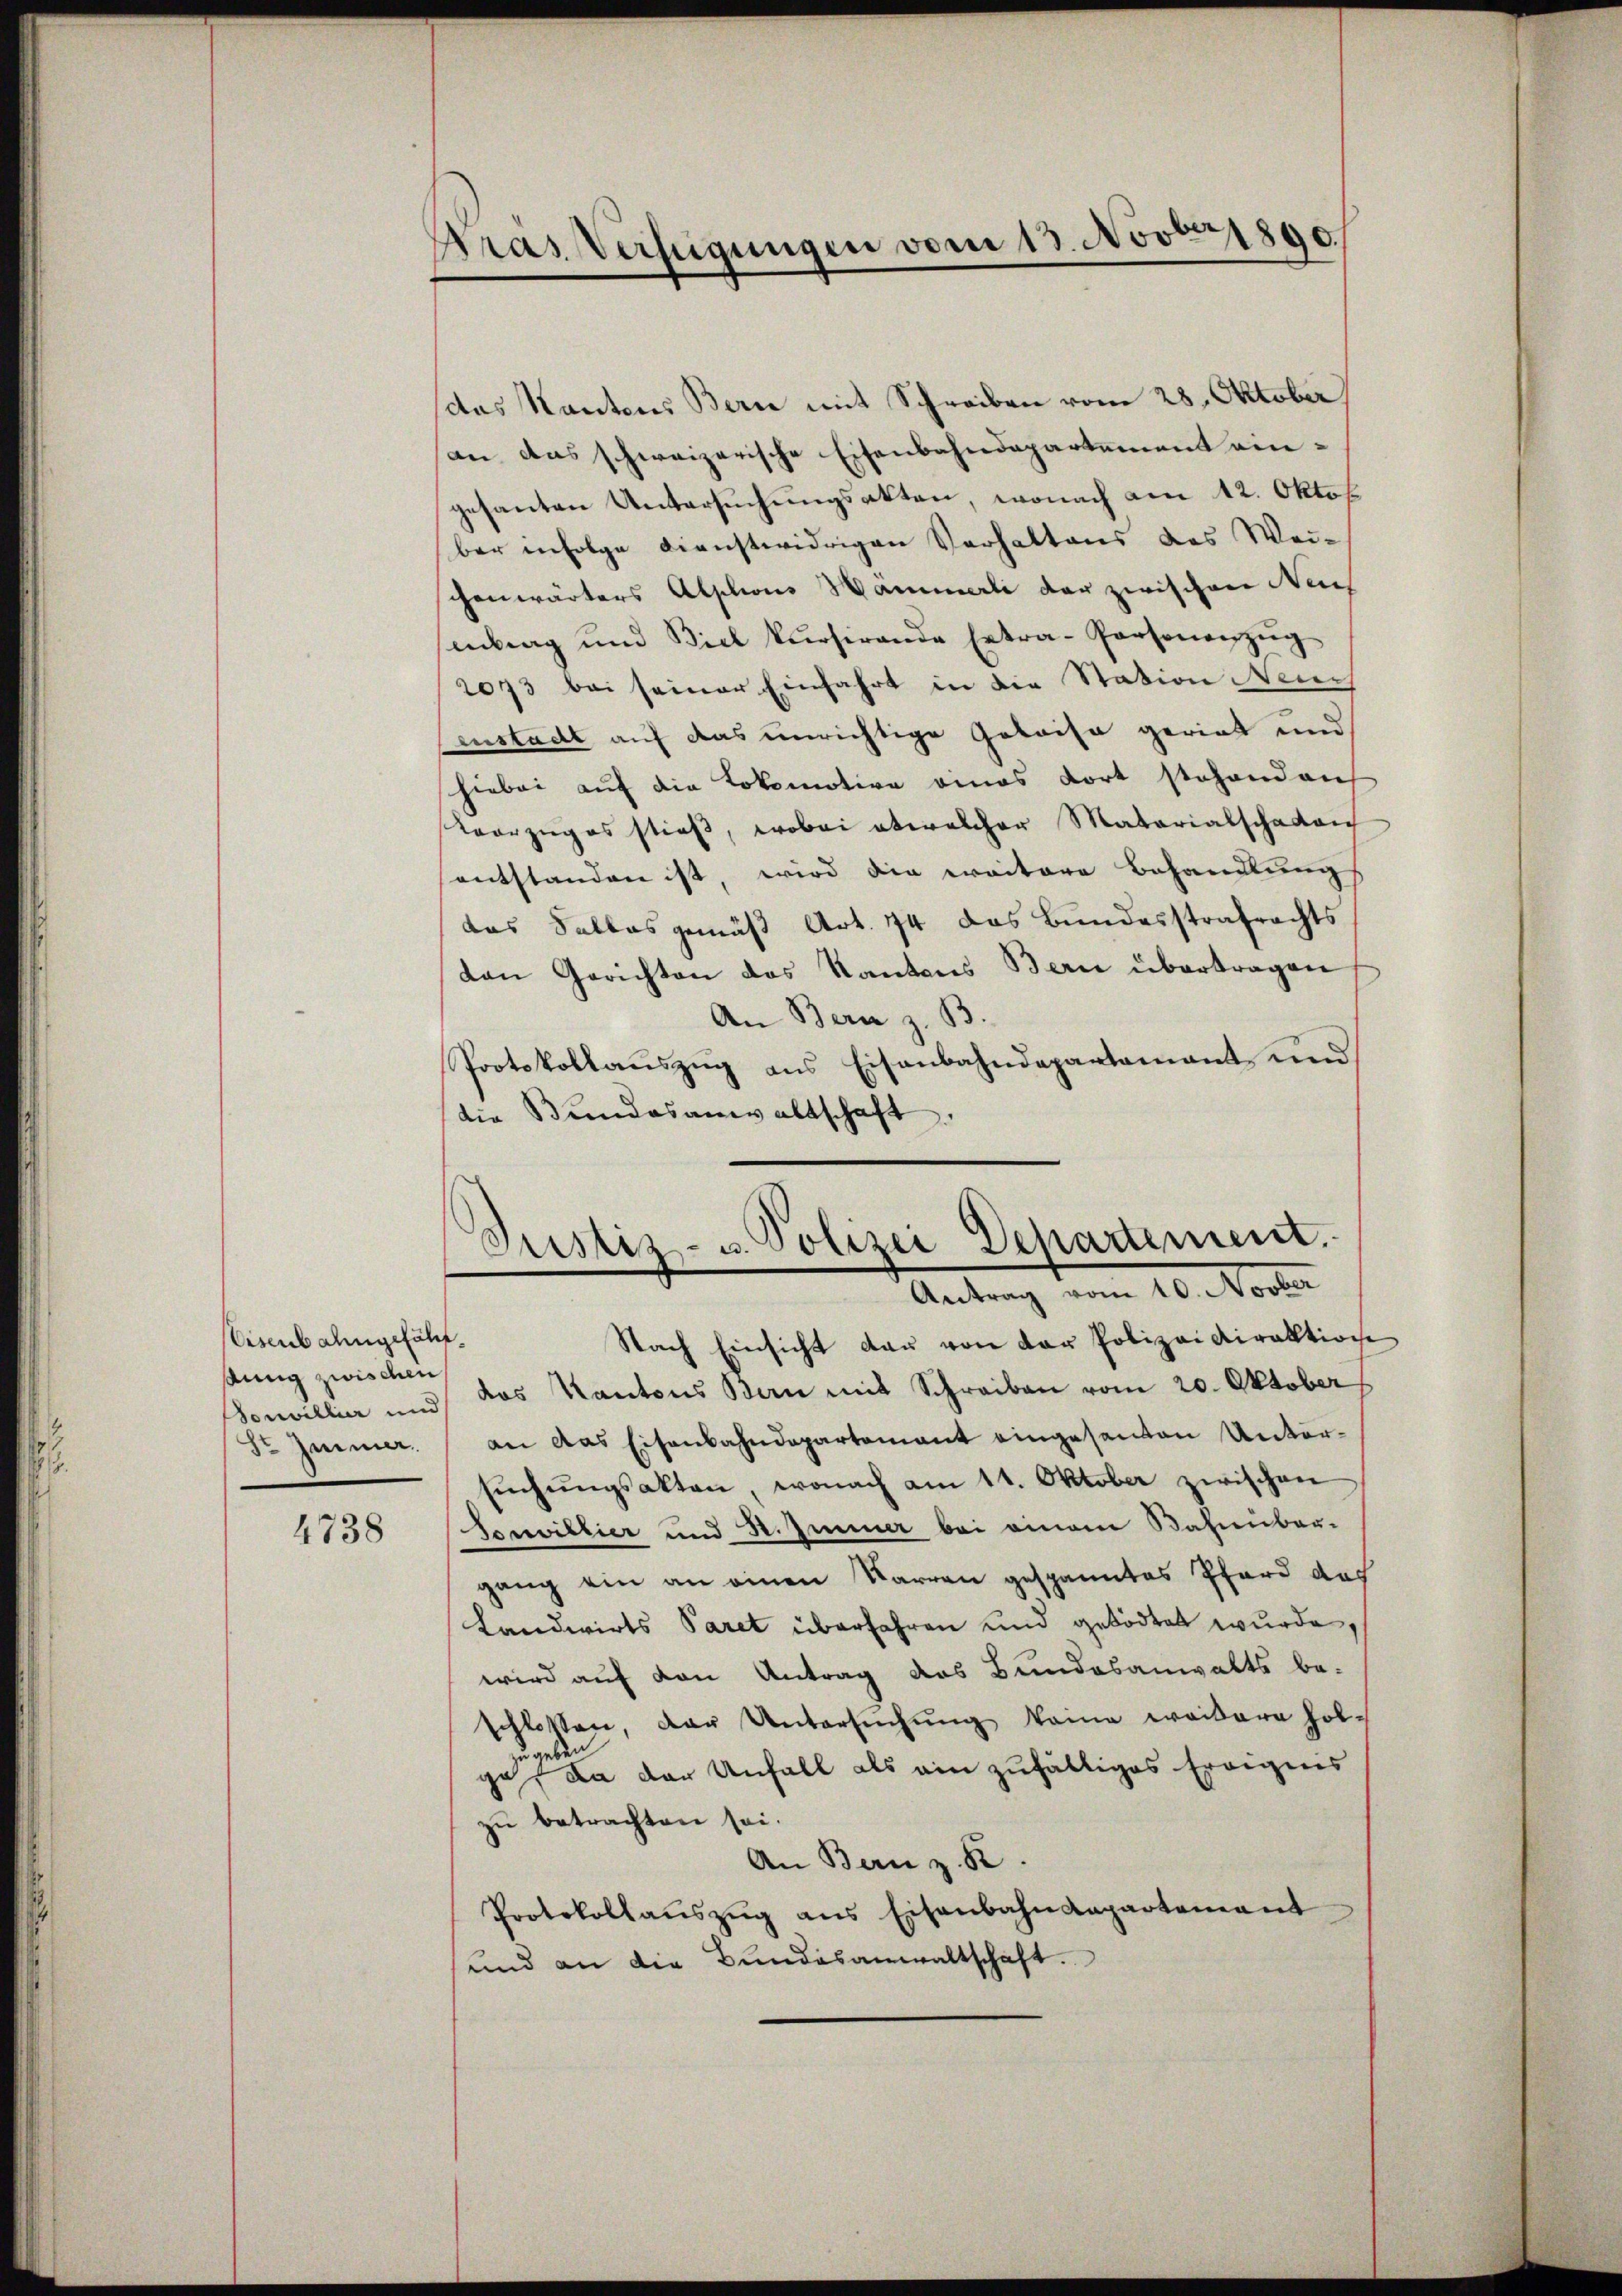
iscus almgehälteung zwischen
Sr Immer.

4738

Gras Verfügungen vom 13. Novbr 1800

das Kantons Bern mit Schreiben vom 28. Oktober)
an das schweizerische Eisenbahndepartement ein-
gesanten Untersuchungsakten, wonach am 12. Oktob
ber infolge dienstwidrigen Verhaltens des Weichenwärters Alphons Wärmerli der zwischen Neuch
etrag und Biel kŭrsirende Extra-Personenzŭg
2073 bei seiner Einfahrt in die Station Neuch
Einstadt auf das unrichtige Geleise gerint und
hiebei auf die Lokomotive eines dort stehenden
Vorzuges stieß, wobei etwelcher Materialschaden
entstanden ist, wird die weitere Behandlung
das Falles gemäß Art. 74 das Bundesstrafrechts
den Gerichten das Kantons Bern übertragen
An Bern z. B.
Protokollaŭszŭg ans Eisenbahndepartamant und
die Bŭndesanwaltschaft.

d
Justiz- u. Polizei Departement.
Antrag vom 10. Novber

Nach Einsicht dar von der Polizeidirektion
Sonvillia und das Kantons Ban mit Schreiben vom 20. Oktober
an das Eisenbahndepartement eingesanten Untersŭchŭngsakten, wonach am 11. Oktober zwischen
Sonvillier und St. Immer bei einem Bahnüber-
gang ein an einen Karren gespanntes Pferd das
Landwirts Paret überfahren und getödtet wurde,
wird auf von Antrag das Bundesanwalts be-
schlossen, der Untersuchung keine weitere Holzu geben
ge, da der Unfall als ein zufälliges Ereignis
zu betrachten sei.
An Bern z. B.
Protokollaŭszŭg ans Eisenbahndepartement
und an die Bundesanwaltschaft.